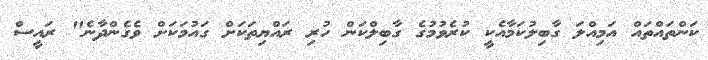
ކަންތައްތައް އަމިއްލަ ގާބިލުކަމާއެކީ ކުރެވުމުގެ ގާބިލްކަން ހުރި ރައްޔިތަކަށް ގައުމަކަށް ވެގެންދާނެ" ރައީސް